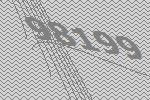
98199